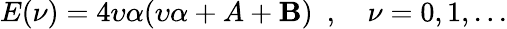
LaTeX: E(\nu)=4\upsilon\alpha(\upsilon\alpha+A+\mathbf{B})\ \ ,\quad\nu=0,1,...